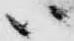
ハ